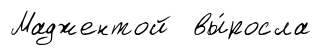
Маджентой вы́росла